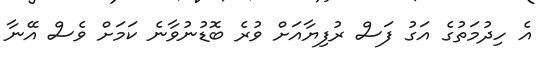
އެ ހިދުމަތުގެ އަގު ފަސް ރުފިޔާއަށް ވުރެ ބޮޑުނުވާނެ ކަމަށް ވެސް އޭނާ